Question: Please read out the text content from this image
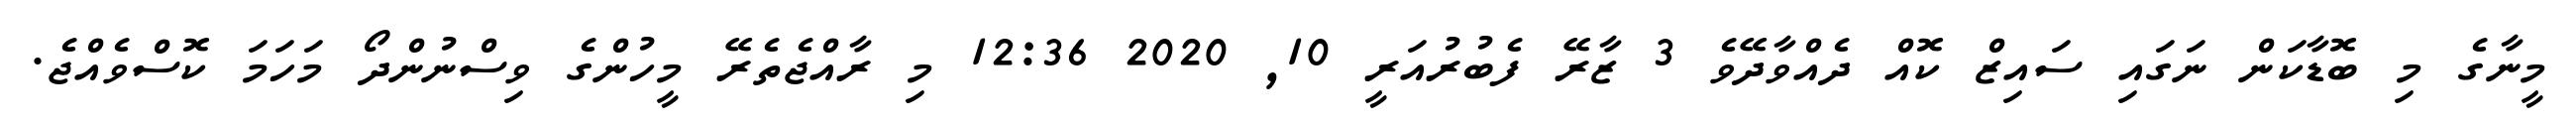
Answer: މީނާގެ މި ބޮޑާކަން ނަގައި ސައިޒް ކޮއް ދެއްވާދޭވެ 3 ޒާރޭ ފެބުރުއަރީ 10, 2020 12:36 މި ރާއްޖެތެރޭ މީހުންގެ ވިސްނުންދޯ މަހަމަ ކޮސްވެއްޖެ.